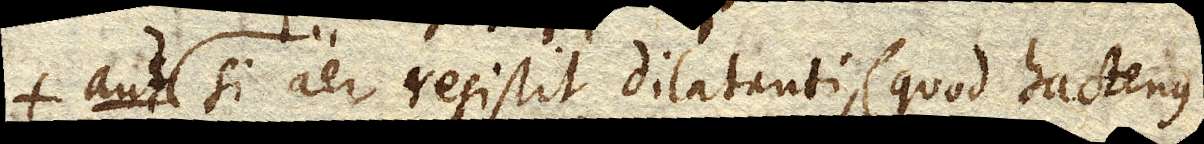
+ aut si aer resistit dilatanti, (quod hactenus